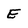
Character: E